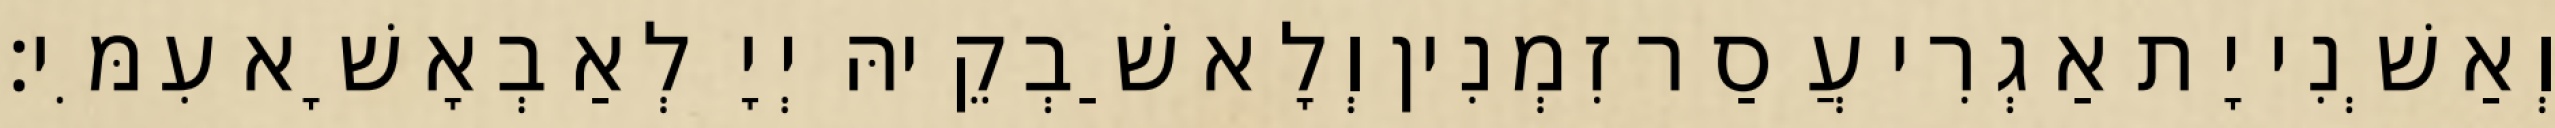
וְאַשְׁנִי יָת אַגְרִי עֲסַר זִמְנִין וְלָא שַׁבְקֵיהּ יְיָ לְאַבְאָשָׁא עִמִּי׃